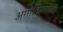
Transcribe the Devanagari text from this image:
अंगांविषयीची